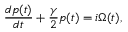
\frac { d p ( t ) } { d t } + \frac { \gamma } { 2 } p ( t ) = i \Omega ( t ) ,